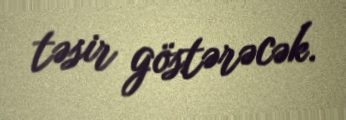
təsir göstərəcək.